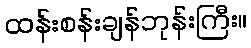
ထန်းစန်းချန်ဘုန်းကြီး။